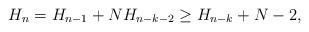
LaTeX: \begin{align*} H_{n}=H_{n-1} + NH_{n-k-2} \geq H_{n-k} + N - 2,\end{align*}